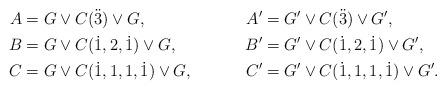
LaTeX: \begin{align*}A&=G\vee C(\ddot3)\vee G,&A'&=G'\vee C(\ddot3)\vee G',\\B&=G\vee C(\dot1,2,\dot1)\vee G,&B'&=G'\vee C(\dot1,2,\dot1)\vee G', \\C&=G\vee C(\dot1,1,1,\dot1)\vee G,&C'&=G'\vee C(\dot1,1,1,\dot1)\vee G'. \end{align*}